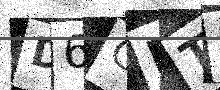
Text: D6GETD